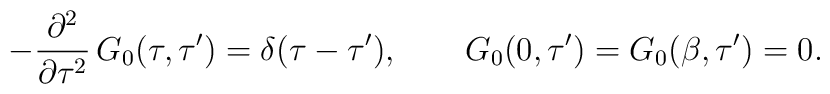
-\frac{\partial^2}{\partial\tau^2}\,G_0(\tau,\tau')=\delta(\tau-\tau'),\qquad G_0(0,\tau')=G_0(\beta,\tau')=0.